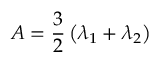
A = \frac { 3 } { 2 } \left( \lambda _ { 1 } + \lambda _ { 2 } \right)